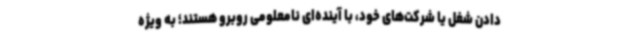
دادن شغل یا شرکت‌های خود، با آینده‌ای نامعلومی روبرو هستند؛ به ویژه